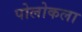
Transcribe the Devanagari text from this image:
पोलोकला